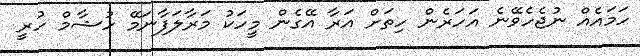
ހަމައެއް ނުޖެހެވޭނެ އަހަރެން ހިތަށް އަރާ އޭގެން މީހަކު މަރާލަފާނަމޭ ހުޝާމް ހުރީ